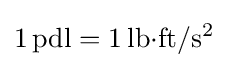
1\,{\text{pdl}}=1\,{\text{lb}}{\cdot }{\text{ft}}/{\text{s}}^{2}